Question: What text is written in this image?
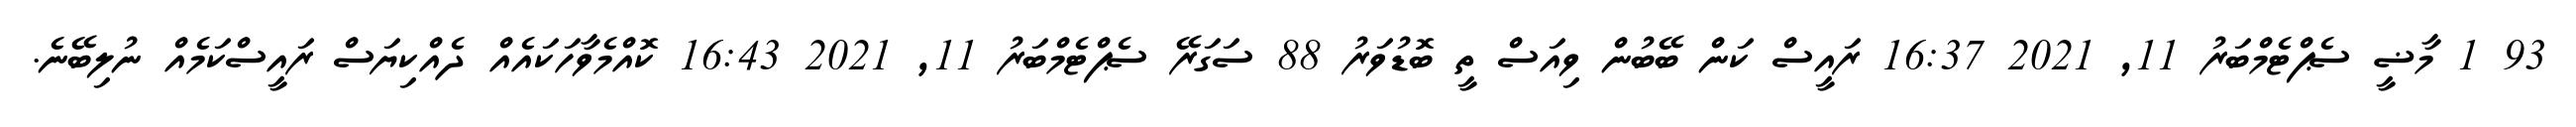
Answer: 93 1 މާޟީ ސެޕްޓެމްބަރު 11, 2021 16:37 ރައީސް ކަން ބޭބުން ވިއަސް ތީ ބޮޑުވަރު 88 ސަގަރޭ ސެޕްޓެމްބަރު 11, 2021 16:43 ކޮއްމެވާހަކައެއް ދެއްކިޔަސް ރައީސްކަމެއް ނުލިބޭނެ.